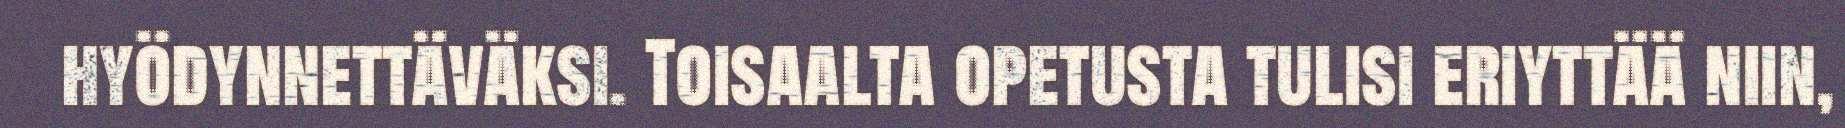
hyödynnettäväksi. Toisaalta opetusta tulisi eriyttää niin,